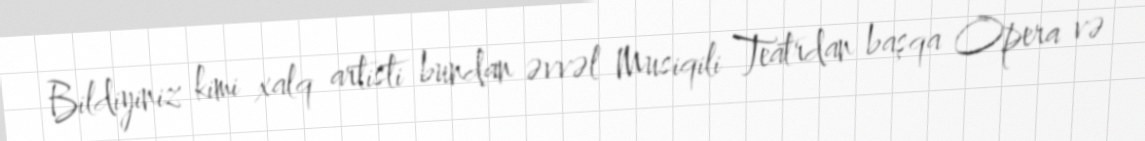
Bildiyiniz kimi xalq artisti bundan əvvəl Musiqili Teatrdan başqa Opera və